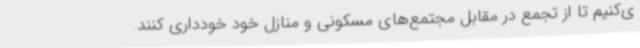
ی‌کنیم تا از تجمع در مقابل مجتمع‌های مسکونی و منازل خود خودداری کنند.